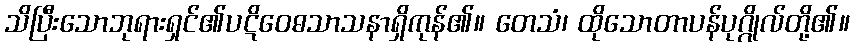
သိပြီးသောဘုရားရှင်၏ပဋိဝေဓသာသနာရှိကုန်၏။ တေသံ၊ ထိုသောတာပန်ပုဂ္ဂိုလ်တို့၏။